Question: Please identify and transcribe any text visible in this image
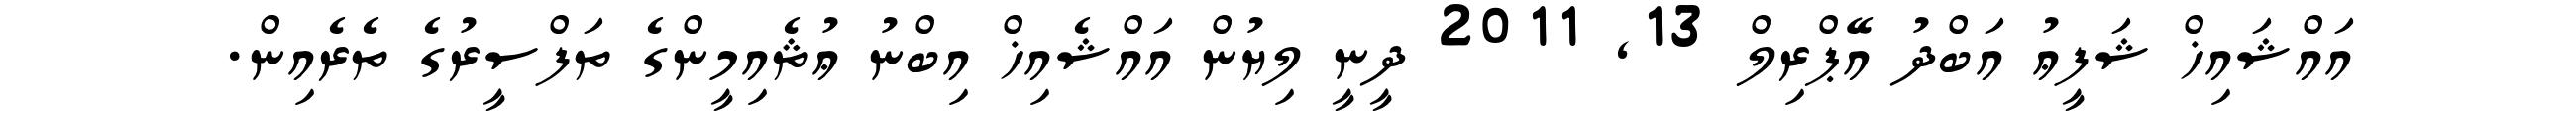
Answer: އައްޝައިޚް ޝަފީޢު އަބްދު އޭޕްރިލް 13, 2011 ދީނީ ލިޔުން އައްޝެއިޚް އިބްނު ޢުޘެއިމީންގެ ތަފްސީރުގެ ތެރެއިން.